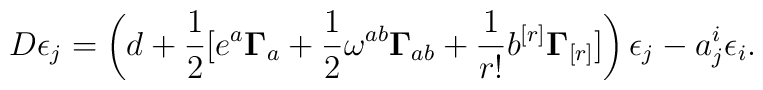
D\epsilon _{j}=\left( d+\frac{1}{2}[e^{a}{\bf \Gamma }_{a}+\frac{1}{2}\omega ^{ab}{\bf \Gamma }_{ab}+\frac{1}{r!}b^{[r]}{\bf\Gamma }_{[r]}]\right) \epsilon _{j}-a_{j}^{i}\epsilon _{i}.